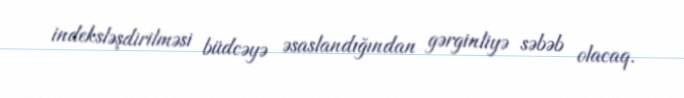
indeksləşdirilməsi büdcəyə əsaslandığından gərginliyə səbəb olacaq.